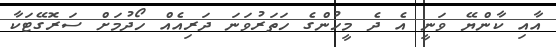
އާއި ކާންޔޭ ވަނީ އެ ދެ މީހުންގެ ހަތަރުވަނަ ދަރިއެއް ހޯދުމަށް ސަރޮގޭޓަކާ